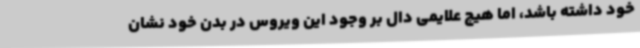
خود داشته باشد، اما هیچ علایمی دال بر وجود این ویروس در بدن خود نشان